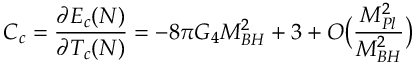
C _ { c } = \frac { \partial E _ { c } ( N ) } { \partial T _ { c } ( N ) } = - 8 \pi G _ { 4 } M _ { B H } ^ { 2 } + 3 + { \cal O } \big ( \frac { M _ { P l } ^ { 2 } } { M _ { B H } ^ { 2 } } \big )